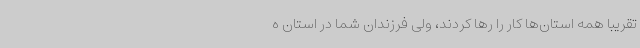
تقریباً همه استان‌ها کار را رها کردند، ولی فرزندان شما در استان ه